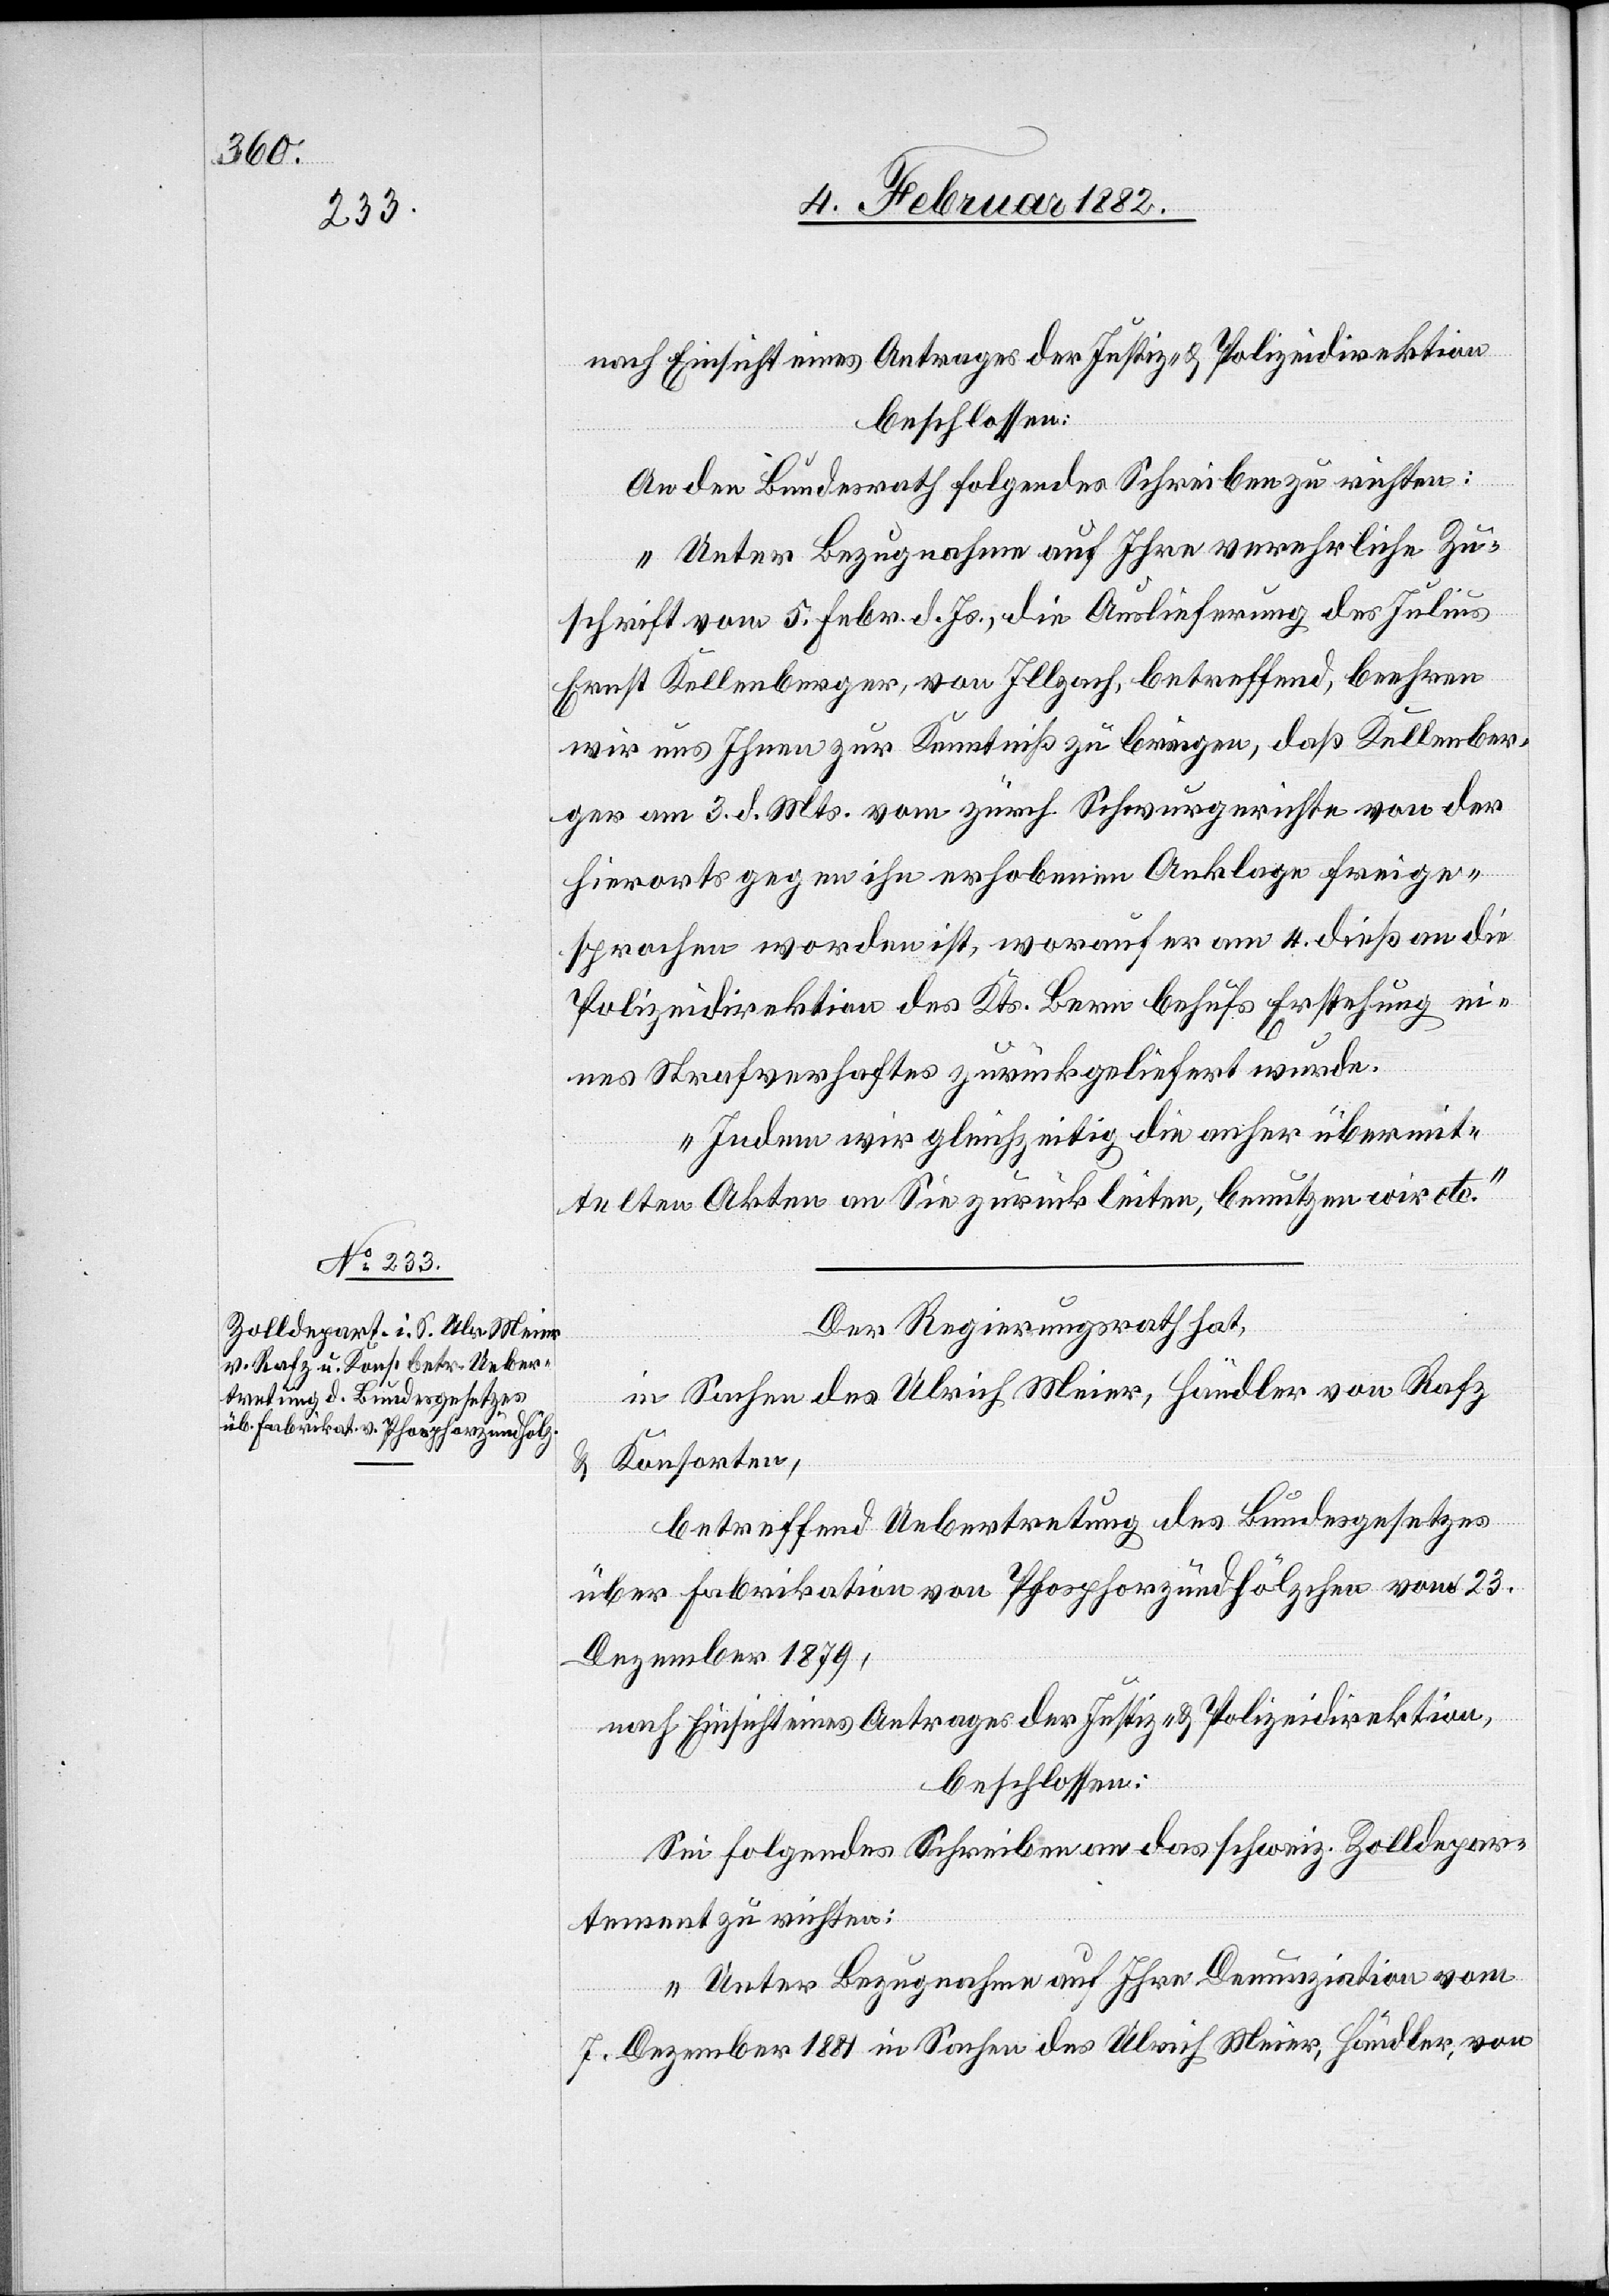
8. Februar 1882]
nach Einsicht eines Antrages der Justiz- & Polizeidirektion
beschlossen:
An den Bundesrath folgendes Schreiben zu richten:
„Unter Bezugnahme auf Ihre verehrliche Zu¬
schrift vom 5. Febr. d. Js., die Auslieferung des Julius
Ernst Kellenberger, von Illzach, betreffend, beehren
wir uns Ihnen zur Kenntniß zu bringen, daß Kellenber¬
ger am 3. ds. Mts. vom zürch. Schwurgerichte von der
hierorts gegen ihn erhobenen Anklage freige¬
sprochen worden ist, worauf er am 4. dieß an die
Polizeidirektion des Kts. Bern behufs Erstehung e¬
ines Strafverhaftes zurückgeliefert wurde.
Indem wir gleichzeitig die anher übermit¬
telten Akten an Sie zurückleiten, benutzen wir etc.“
Der Regierungsrath hat,
in Sachen des Ulrich Meier, Händler von Rafz
& Konsorten,
betreffend Uebertretung des Bundesgesetzes
über Fabrikation von Phosphorzündhölzchen vom 23.
Dezember 1879,
nach Einsicht eines Antrages der Justiz- & Polizeidirektion,
beschlossen:
Sei folgendes Schreiben an das schweiz. Zolldepar¬
tement zu richten:
„Unter Bezugnahme auf Ihre Denunziation vom
7. Dezember 1881 in Sachen des Ulrich Meier, Händler, von